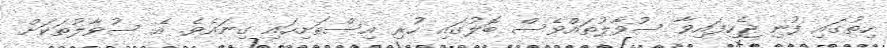
ހިތުގައި ފުނި ޖެހިފައިވާ ސުވާލުތައްވެސް ބޮލުގައި ހުރި އިސްތަށިހައި ގިނައެވެ. އެ ސުވާލުތަކަށް